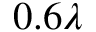
0 . 6 \lambda